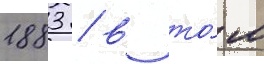
1883 / в то́м